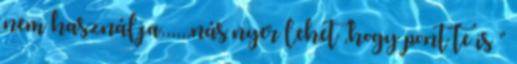
nem használja,,,,,,nás nyer lehet ,hogy pont te is ”